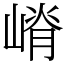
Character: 嵴